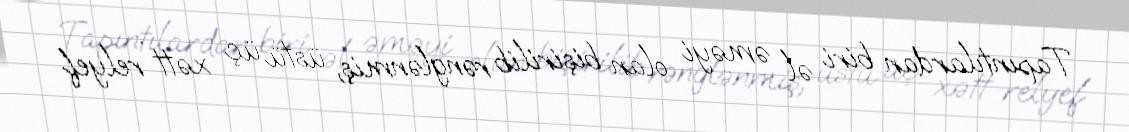
Tapıntılardan biri əl əməyi olan bişirilib rənglənmiş, üstü üç xətt relyef